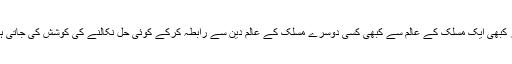
پھر کبھی ایک مسلک کے عالم سے کبھی کسی دوسرے مسلک کے عالم دین سے رابطہ کرکے کوئی حل نکالنے کی کوشش کی جاتی ہے۔